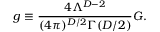
g \equiv \frac { 4 \Lambda ^ { D - 2 } } { ( 4 \pi ) ^ { D / 2 } \Gamma ( D / 2 ) } G .